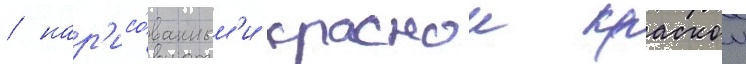
/ нар'исо́ванным'и краснои краскои